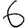
Digit: 6